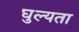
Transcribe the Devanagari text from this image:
घुल्यता